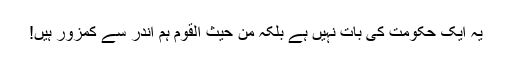
یہ ایک حکومت کی بات نہیں ہے بلکہ من حیث القوم ہم اندر سے کمزور ہیں!